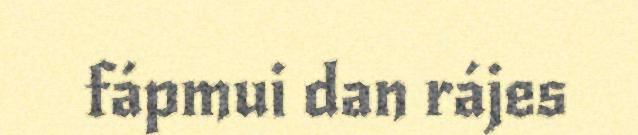
fápmui dan rájes